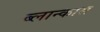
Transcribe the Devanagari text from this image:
ब्लान्कास